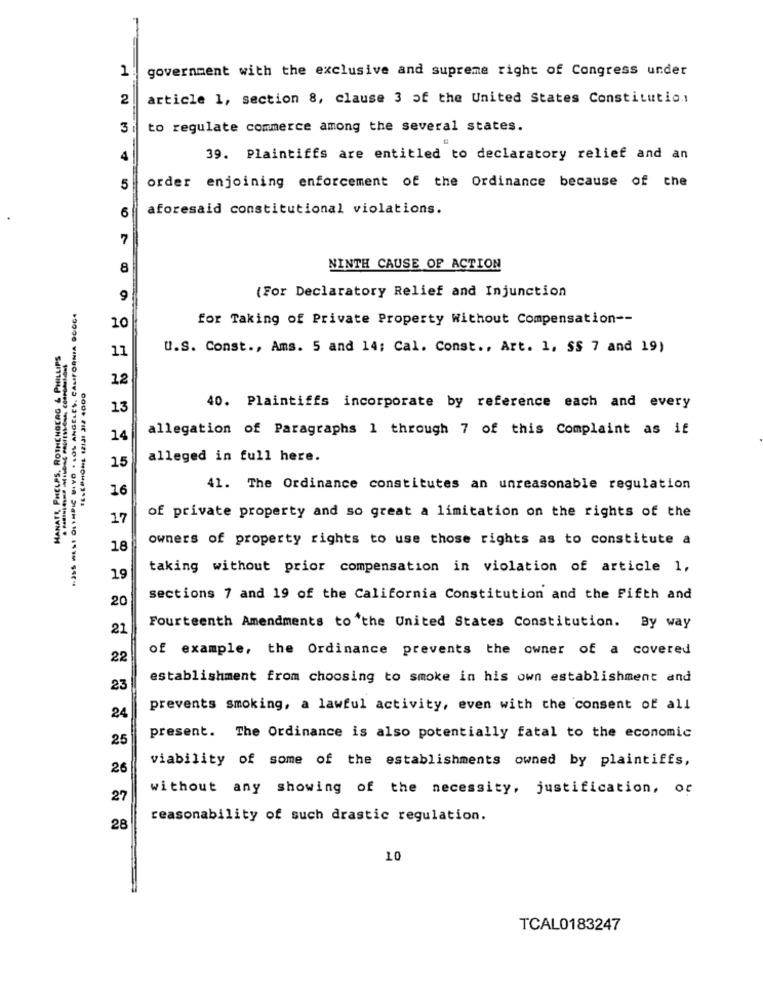
government with the exclusive and supreme right of Congress under
1
2
article 1, section 8, clause 3 of the United States Constitution
to regulate commerce among the several states.
39. Plaintiffs are entitled to declaratory relief and an
order enjoining enforcement of the Ordinance because of the
5
6
aforesaid constitutional violations.
7
8
NINTH CAUSE OF ACTION
9
(For Declaratory Relief and Injunction
for Taking of Private Property Without Compensation --
10
CRG & PHILLIPS
U.S. Const ., Ams. 5 and 14; Cal. Const ., Art. 1, SS 7 and 19)
11
12
13
40. Plaintiffs incorporate by reference each and every
allegation of Paragraphs 1 through 7 of this Complaint as if
14
15
alleged in full here.
16
41. The Ordinance constitutes an unreasonable regulation
of private property and so great a limitation on the rights of the
17
owners of property rights to use those rights as to constitute a
18
taking without prior compensation in violation of article 1,
19
20
sections 7 and 19 of the California Constitution and the Fifth and
21
Fourteenth Amendments to the United States Constitution. By way
of example, the Ordinance prevents the owner of a covered
22
establishment from choosing to smoke in his own establishment and
23
prevents smoking, a lawful activity, even with the consent of all
24
25
present. The Ordinance is also potentially fatal to the economic
viability of some of the establishments owned by plaintiffs,
26
without any showing of the necessity, justification, or
27
reasonability of such drastic regulation.
28
10
TCAL0183247